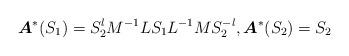
LaTeX: \begin{align*}\boldsymbol{A}^*(S_1)=S^l_2 M^{-1}LS_1L^{-1}MS^{-l}_2,\boldsymbol{A}^*(S_2)=S_2\end{align*}